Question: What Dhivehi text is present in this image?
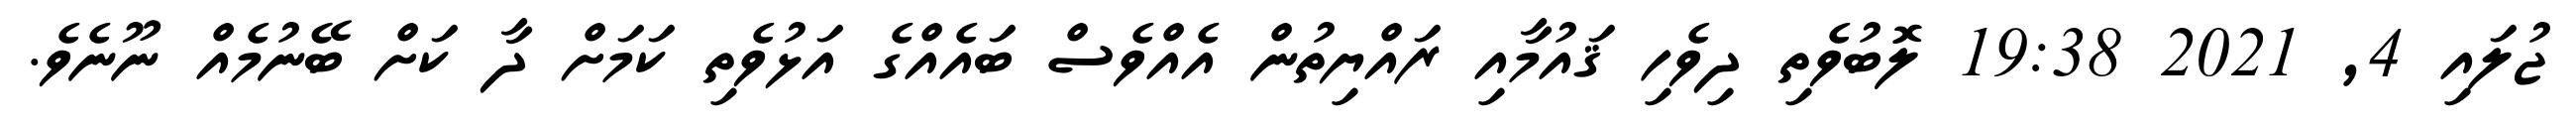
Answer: ޖުލައި 4, 2021 19:38 ލޮބުވެތި ދިވެހި ޤައުމާއި ރައްޔިތުން އެއްވެސް ބައެއްގެ އަޅުވެތި ކަމަށް ދާ ކަށް ބޭނުމެއް ނޫނެވެ.